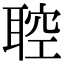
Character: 聜